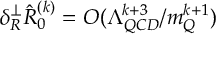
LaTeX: \delta _ { R } ^ { \perp } \hat { R } _ { 0 } ^ { ( k ) } = { \cal O } ( \Lambda _ { Q C D } ^ { k + 3 } / m _ { Q } ^ { k + 1 } )